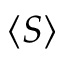
\langle S \rangle